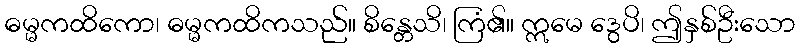
ဓမ္မကထိကော၊ ဓမ္မကထိကသည်။ စိန္တေသိ၊ ကြံ၏။ ဣမေ ဒွေပိ၊ ဤနှစ်ဦးသော